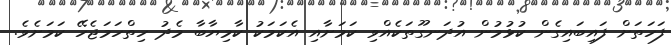
ފަހަތަށް ފައިބައިގެން ކުޅުމުން އުދަނގޫތަކެއްވި ކަމަށާއި އެކަމަކު ކާމިޔާބާ މެދު ހިތްހަމަޖެހޭ ކަމަށެވެ.